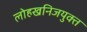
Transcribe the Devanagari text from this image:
लोहखनिजयुक्त